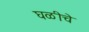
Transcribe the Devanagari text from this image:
घळीचे